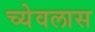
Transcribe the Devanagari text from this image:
च्येवलास